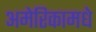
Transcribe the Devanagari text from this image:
अमेरिकामधे